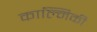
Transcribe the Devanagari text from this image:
काल्मिकी